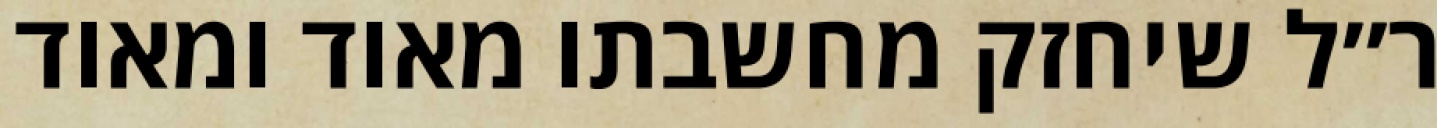
ר״ל שיחזק מחשבתו מאוד ומאוד